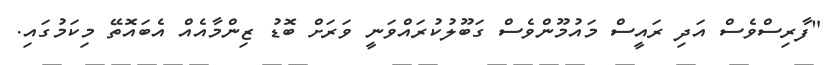
"ފާރިސްވެސް އަދި ރައީސް މައުމޫންވެސް ގަބޫލުކުރައްވަނީ ވަރަށް ބޮޑު ޒިންމާއެއް އެބައޮތޭ މިކަމުގައި.